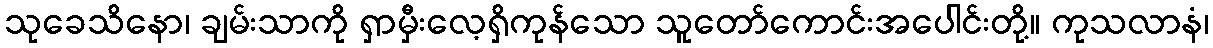
သုခေသိနော၊ ချမ်းသာကို ရှာမှီးလေ့ရှိကုန်သော သူတော်ကောင်းအပေါင်းတို့။ ကုသလာနံ၊